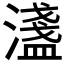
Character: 𬉉